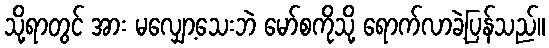
သို့ရာတွင် အား မလျှော့သေးဘဲ မော်စကိုသို့ ရောက်လာခဲ့ပြန်သည်။